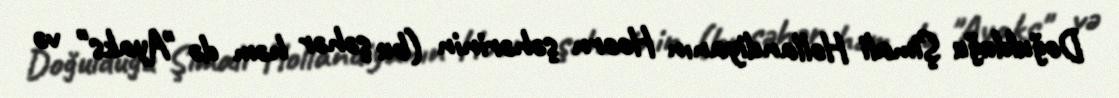
Doğulduğu Şimali Hollandiyanın Hoorn şəhərinin (bu şəhər həm də "Ayaks" və